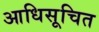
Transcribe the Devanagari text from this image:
आधिसूचित